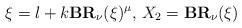
LaTeX: \begin{align*}\xi=l+k\textbf{BR}_{\nu}(\xi)^{\mu}\textrm{, }X_2=\textbf{BR}_{\nu}(\xi)\end{align*}